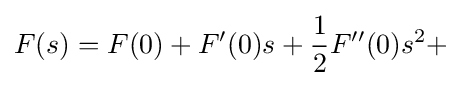
F(s)=F(0)+F'(0)s+{\frac {1}{2}}F''(0)s^{2}+